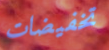
تخفيضات